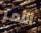
الأمر